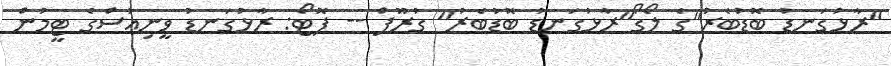
"ރާޅުގަނޑު ބޮޑުބެރު"ގެ ލޯގޯ"ރާޅުގަނޑު ބޮޑުބެރު" ގުރޫޕް -- ފޮޓޯ: ރާޅުގަނޑު ވީނިއުސްގެ ޓީމުން